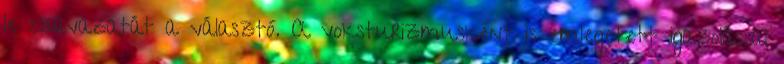
le szavazatát a választó. A voksturizmusként is emlegetett igazolással